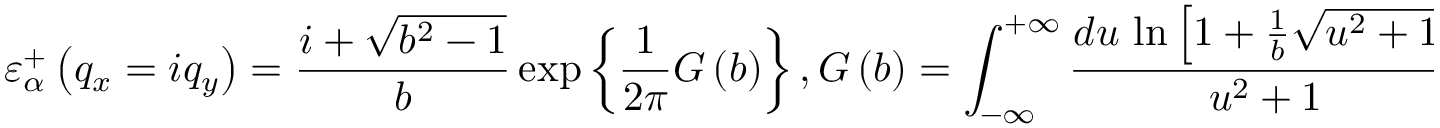
\varepsilon _ { \alpha } ^ { + } \left( { { q } _ { x } } = i { { q } _ { y } } \right) = \frac { i + \sqrt { { { b } ^ { 2 } } - 1 } } { b } \exp \left\{ \frac { 1 } { 2 \pi } G \left( b \right) \right\} , G \left( b \right) = \int _ { - \infty } ^ { + \infty } { \frac { d u \, \ln \left[ 1 + \frac { 1 } { b } \sqrt { { { u } ^ { 2 } } + 1 } \right] } { { { u } ^ { 2 } } + 1 } } = \int _ { - \infty } ^ { + \infty } { \frac { d x \, \ln \left[ 1 + \frac { \cosh x } { b } \right] } { \cosh x } } .